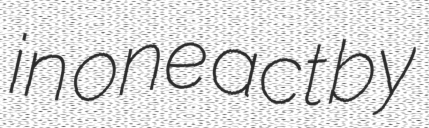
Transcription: in one act by